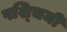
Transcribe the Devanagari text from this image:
पश्‍चिमी